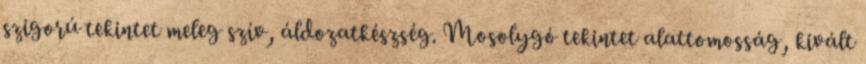
szigorú tekintet meleg szív, áldozatkészség. Mosolygó tekintet alattomosság, kivált